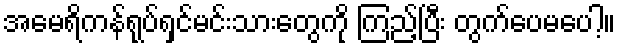
အမေရိကန်ရုပ်ရှင်မင်းသားတွေကို ကြည့်ပြီး တွက်ပေမပေါ့။